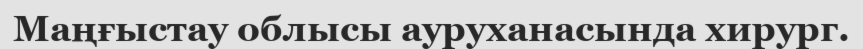
Маңғыстау облысы ауруханасында хирург.